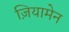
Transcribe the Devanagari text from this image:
ज़ियामेन